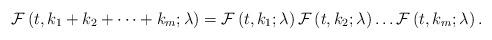
LaTeX: \begin{align*}\mathcal{F}\left( t,k_{1}+k_{2}+\cdots +k_{m};\lambda \right) =\mathcal{F}\left( t,k_{1};\lambda \right) \mathcal{F}\left( t,k_{2};\lambda \right)\ldots \mathcal{F}\left( t,k_{m};\lambda \right) . \end{align*}